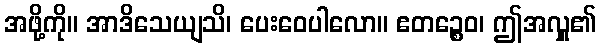
အဖို့ကို။ အာဒိသေယျသိ၊ ပေးဝေပါလော။ ဧတဉ္စေဝ၊ ဤအလှူ၏